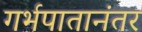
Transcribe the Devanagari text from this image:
गर्भपातानंतर